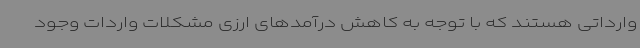
وارداتی هستند که با توجه به کاهش درآمدهای ارزی مشکلات واردات وجود